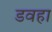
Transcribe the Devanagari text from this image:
डवहा